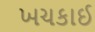
ખચકાઈ